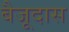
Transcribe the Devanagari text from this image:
बैजूदास